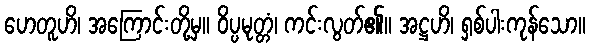
ဟေတူဟိ၊ အကြောင်းတို့မှ။ ဝိပ္ပမုတ္တံ၊ ကင်းလွတ်၏။ အဋ္ဌဟိ၊ ရှစ်ပါးကုန်သော။